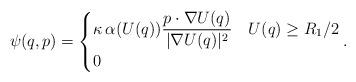
LaTeX: \begin{align*}\psi(q,p) =\begin{cases} \displaystyle{\kappa \, \alpha(U(q)) \frac{p\cdot \nabla U(q)}{|\nabla U(q)|^2} }& U(q) \geq R_1/2 \\ 0 & \end{cases}.\end{align*}